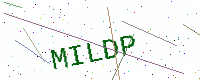
Text: MILDP